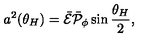
a ^ { 2 } ( \theta _ { H } ) = \bar { \cal E } \bar { \cal P } _ { \phi } \sin { \frac { \theta _ { H } } { 2 } } ,